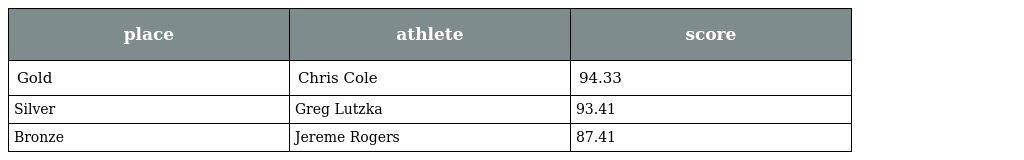
| place | athlete | score |
 | --- | --- | --- |
 | Gold | Chris Cole | 94.33 |
 | Silver | Greg Lutzka | 93.41 |
 | Bronze | Jereme Rogers | 87.41 |